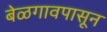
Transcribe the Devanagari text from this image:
बेळगावपासून